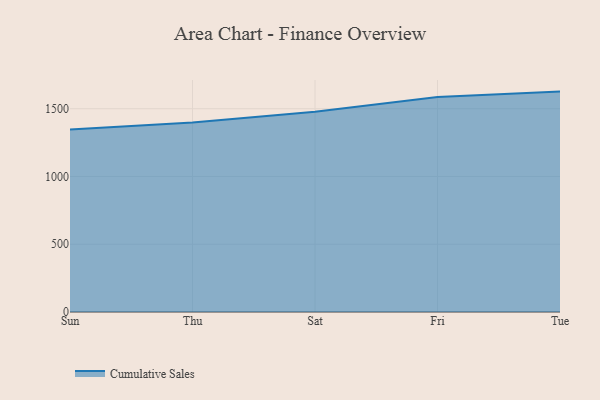
{"axis": {"x": "Day", "y": "LTV (USD)"}, "legend": ["Cumulative Sales"], "data": [{"x": "Sun", "y": 1347.4, "type": "Cumulative Sales"}, {"x": "Thu", "y": 1398.5, "type": "Cumulative Sales"}, {"x": "Sat", "y": 1478.1, "type": "Cumulative Sales"}, {"x": "Fri", "y": 1585.9, "type": "Cumulative Sales"}, {"x": "Tue", "y": 1626.3, "type": "Cumulative Sales"}]}